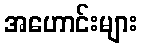
အဟောင်းများ